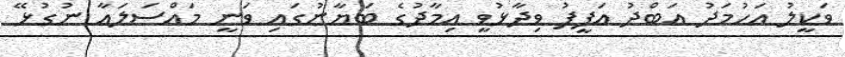
ވަކީލު އަހުމަދު އަބްދު އަފީފު ވިދާޅުވީ އިމާދުގެ ބަޔާނުގައި ވަނީ މައްސަލައާ ނުގުޅޭ